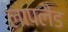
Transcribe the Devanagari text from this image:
लापलैंड